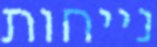
נייחות